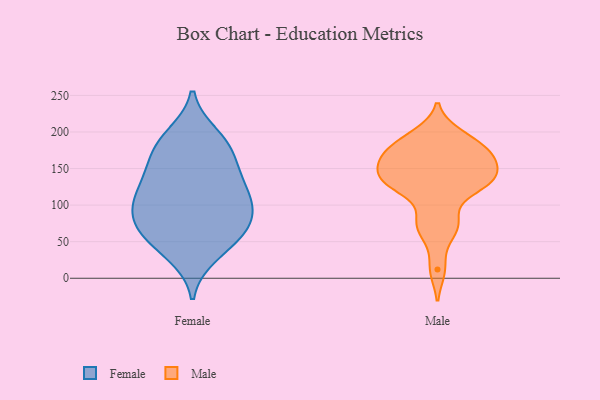
{"axis": {"x": "Market Share (%)", "y": "Value"}, "legend": ["Female", "Male"], "data": [{"x": "", "y": 180, "type": "Female"}, {"x": "", "y": 100, "type": "Female"}, {"x": "", "y": 188, "type": "Female"}, {"x": "", "y": 63, "type": "Female"}, {"x": "", "y": 32, "type": "Female"}, {"x": "", "y": 69, "type": "Female"}, {"x": "", "y": 195, "type": "Female"}, {"x": "", "y": 147, "type": "Female"}, {"x": "", "y": 91, "type": "Female"}, {"x": "", "y": 98, "type": "Female"}, {"x": "", "y": 121, "type": "Female"}, {"x": "", "y": 63, "type": "Female"}, {"x": "", "y": 110, "type": "Female"}, {"x": "", "y": 170, "type": "Female"}, {"x": "", "y": 146, "type": "Female"}, {"x": "", "y": 126, "type": "Female"}, {"x": "", "y": 41, "type": "Female"}, {"x": "", "y": 74, "type": "Female"}, {"x": "", "y": 75, "type": "Male"}, {"x": "", "y": 136, "type": "Male"}, {"x": "", "y": 61, "type": "Male"}, {"x": "", "y": 131, "type": "Male"}, {"x": "", "y": 173, "type": "Male"}, {"x": "", "y": 192, "type": "Male"}, {"x": "", "y": 80, "type": "Male"}, {"x": "", "y": 132, "type": "Male"}, {"x": "", "y": 169, "type": "Male"}, {"x": "", "y": 12, "type": "Male"}, {"x": "", "y": 121, "type": "Male"}, {"x": "", "y": 197, "type": "Male"}, {"x": "", "y": 156, "type": "Male"}, {"x": "", "y": 131, "type": "Male"}, {"x": "", "y": 136, "type": "Male"}, {"x": "", "y": 158, "type": "Male"}, {"x": "", "y": 165, "type": "Male"}, {"x": "", "y": 179, "type": "Male"}]}